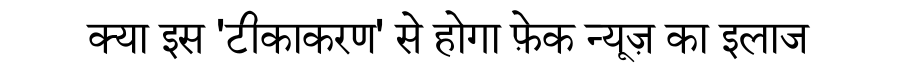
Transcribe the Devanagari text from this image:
क्या इस 'टीकाकरण' से होगा फ़ेक न्यूज़ का इलाज